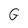
Character: G